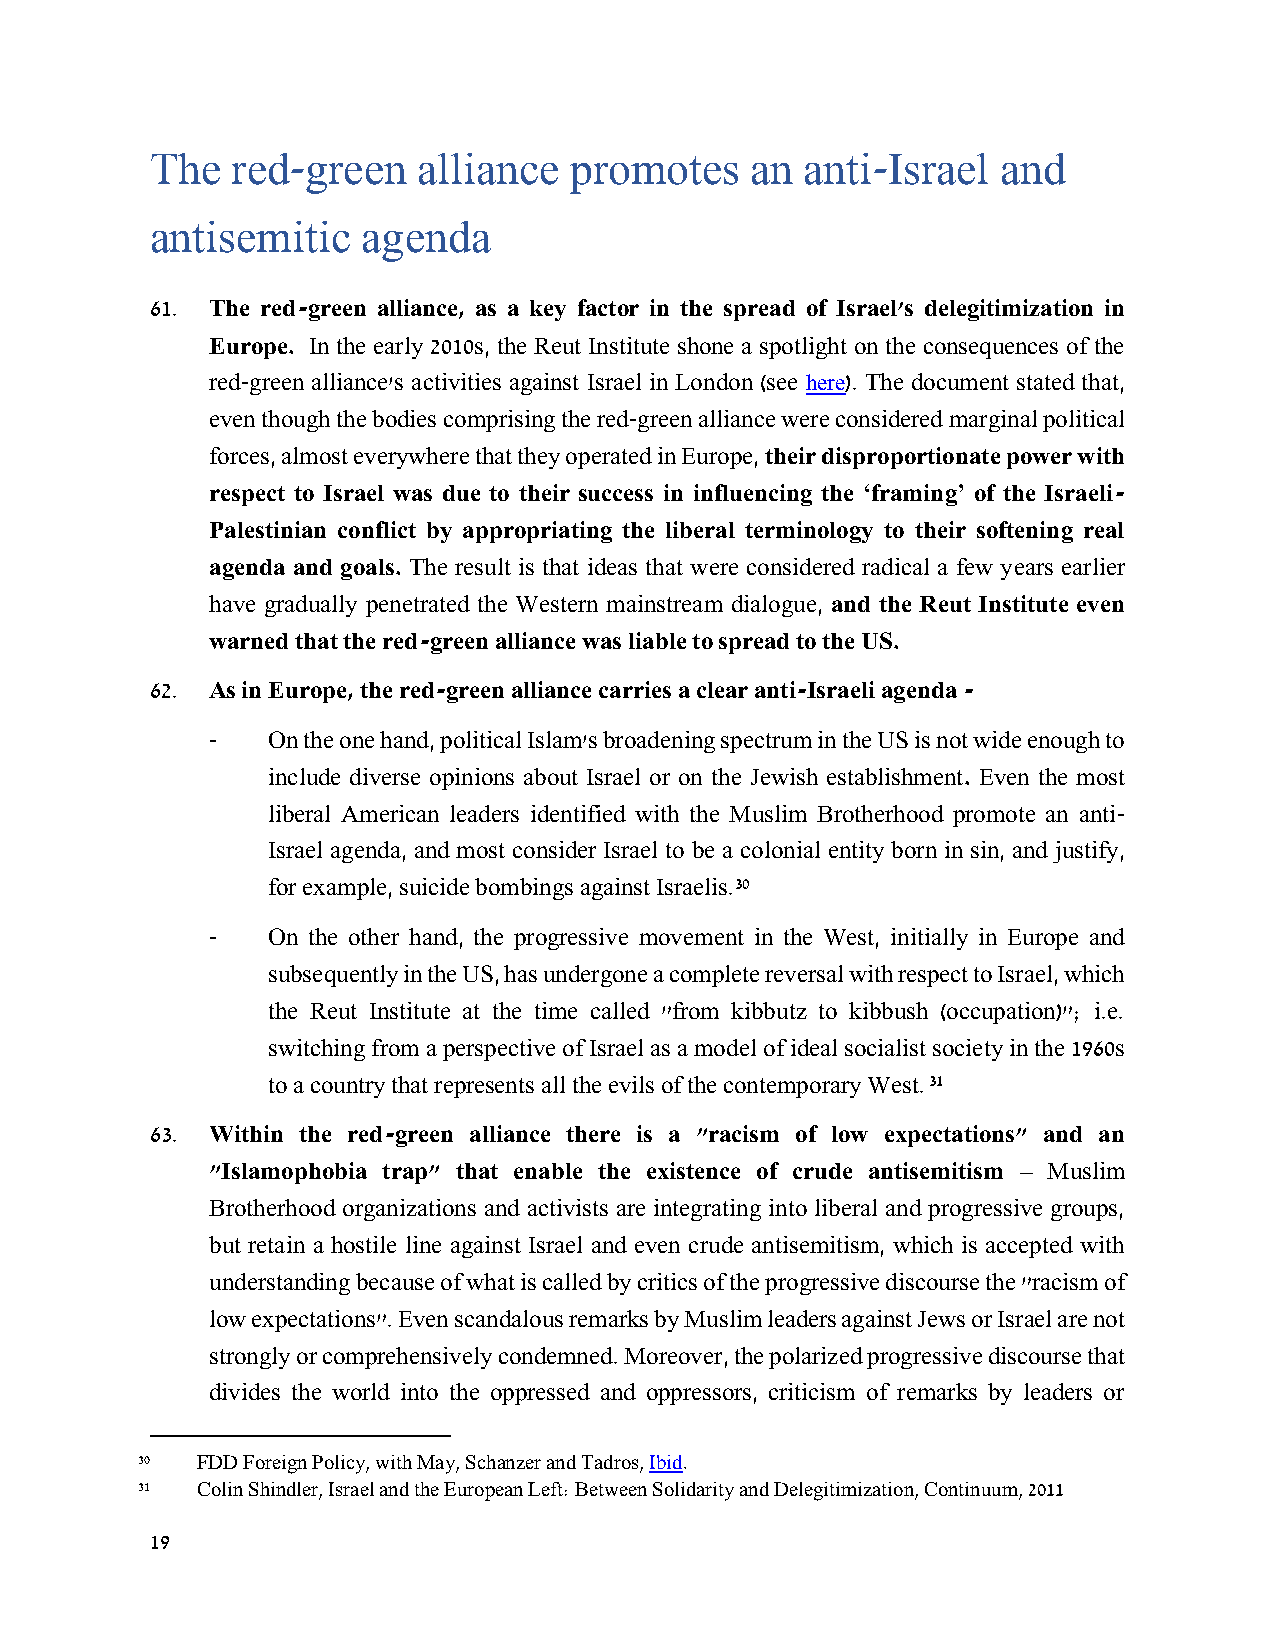
The  red-green    alliance  promotes    an anti-Israel  and
 antisemitic   agenda
 61. The red-green alliance, as a key factor in the spread of Israel's delegitimization in
 Europe. In the early 2010s, the Reut Institute shone a spotlight on the consequences of the
 red-green alliance's activities against Israel in London (see here). The document stated that,
 even though the bodies comprising the red-green alliance were considered marginal political
 forces, almost everywhere that they operated in Europe, their disproportionate power with
 respect to Israel was due to their success in influencing the ‘framing’ of the Israeli-
 Palestinian conflict by appropriating the liberal terminology to their softening real
 agenda and goals. The result is that ideas that were considered radical a few years earlier
 have gradually penetrated the Western mainstream dialogue, and the Reut Institute even
 warned that the red-green alliance was liable to spread to the US.
 62. As in Europe, the red-green alliance carries a clear anti-Israeli agenda -
 -   On the one hand, political Islam's broadening spectrum in the US is not wide enough to
 include diverse opinions about Israel or on the Jewish establishment. Even the most
 liberal American leaders identified with the Muslim Brotherhood promote an anti-
 Israel agenda, and most consider Israel to be a colonial entity born in sin, and justify,
 for example, suicide bombings against Israelis.30
 -   On the other hand, the progressive movement in the West, initially in Europe and
 subsequently in the US, has undergone a complete reversal with respect to Israel, which
 the Reut Institute at the time called "from kibbutz to kibbush (occupation)"; i.e.
 switching from a perspective of Israel as a model of ideal socialist society in the 1960s
 to a country that represents all the evils of the contemporary West. 31
 63. Within the red-green alliance there is a "racism of low expectations" and an
 "Islamophobia trap" that enable the existence of crude antisemitism – Muslim
 Brotherhood organizations and activists are integrating into liberal and progressive groups,
 but retain a hostile line against Israel and even crude antisemitism, which is accepted with
 understanding because of what is called by critics of the progressive discourse the "racism of
 low expectations". Even scandalous remarks by Muslim leaders against Jews or Israel are not
 strongly or comprehensively condemned. Moreover, the polarized progressive discourse that
 divides the world into the oppressed and oppressors, criticism of remarks by leaders or
 30  FDD Foreign Policy, with May, Schanzer and Tadros, Ibid.
 31  Colin Shindler, Israel and the European Left: Between Solidarity and Delegitimization, Continuum, 2011
 19